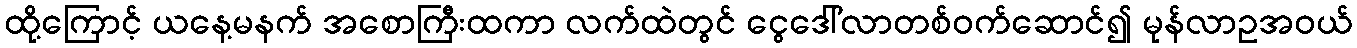
ထို့ကြောင့် ယနေ့မနက် အစောကြီးထကာ လက်ထဲတွင် ငွေဒေါ်လာတစ်ဝက်ဆောင်၍ မုန်လာဥအဝယ်